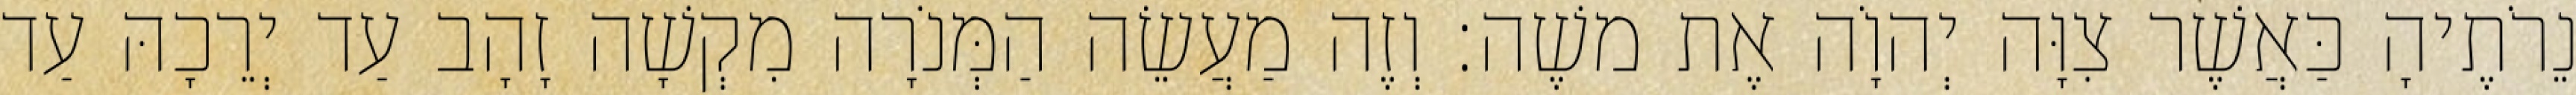
נֵרֹתֶיהָ כַּאֲשֶׁר צִוָּה יְהוָֹה אֶת משֶׁה׃ וְזֶה מַעֲשֵׂה הַמְּנֹרָה מִקְשָׁה זָהָב עַד יְרֵכָהּ עַד